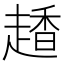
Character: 𧽂